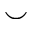
\smile